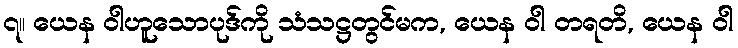
၇။ ယေန ဝါဟူသောပုဒ်ကို သံသဋ္ဌတွင်မက, ယေန ဝါ တရတိ, ယေန ဝါ